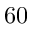
6 0